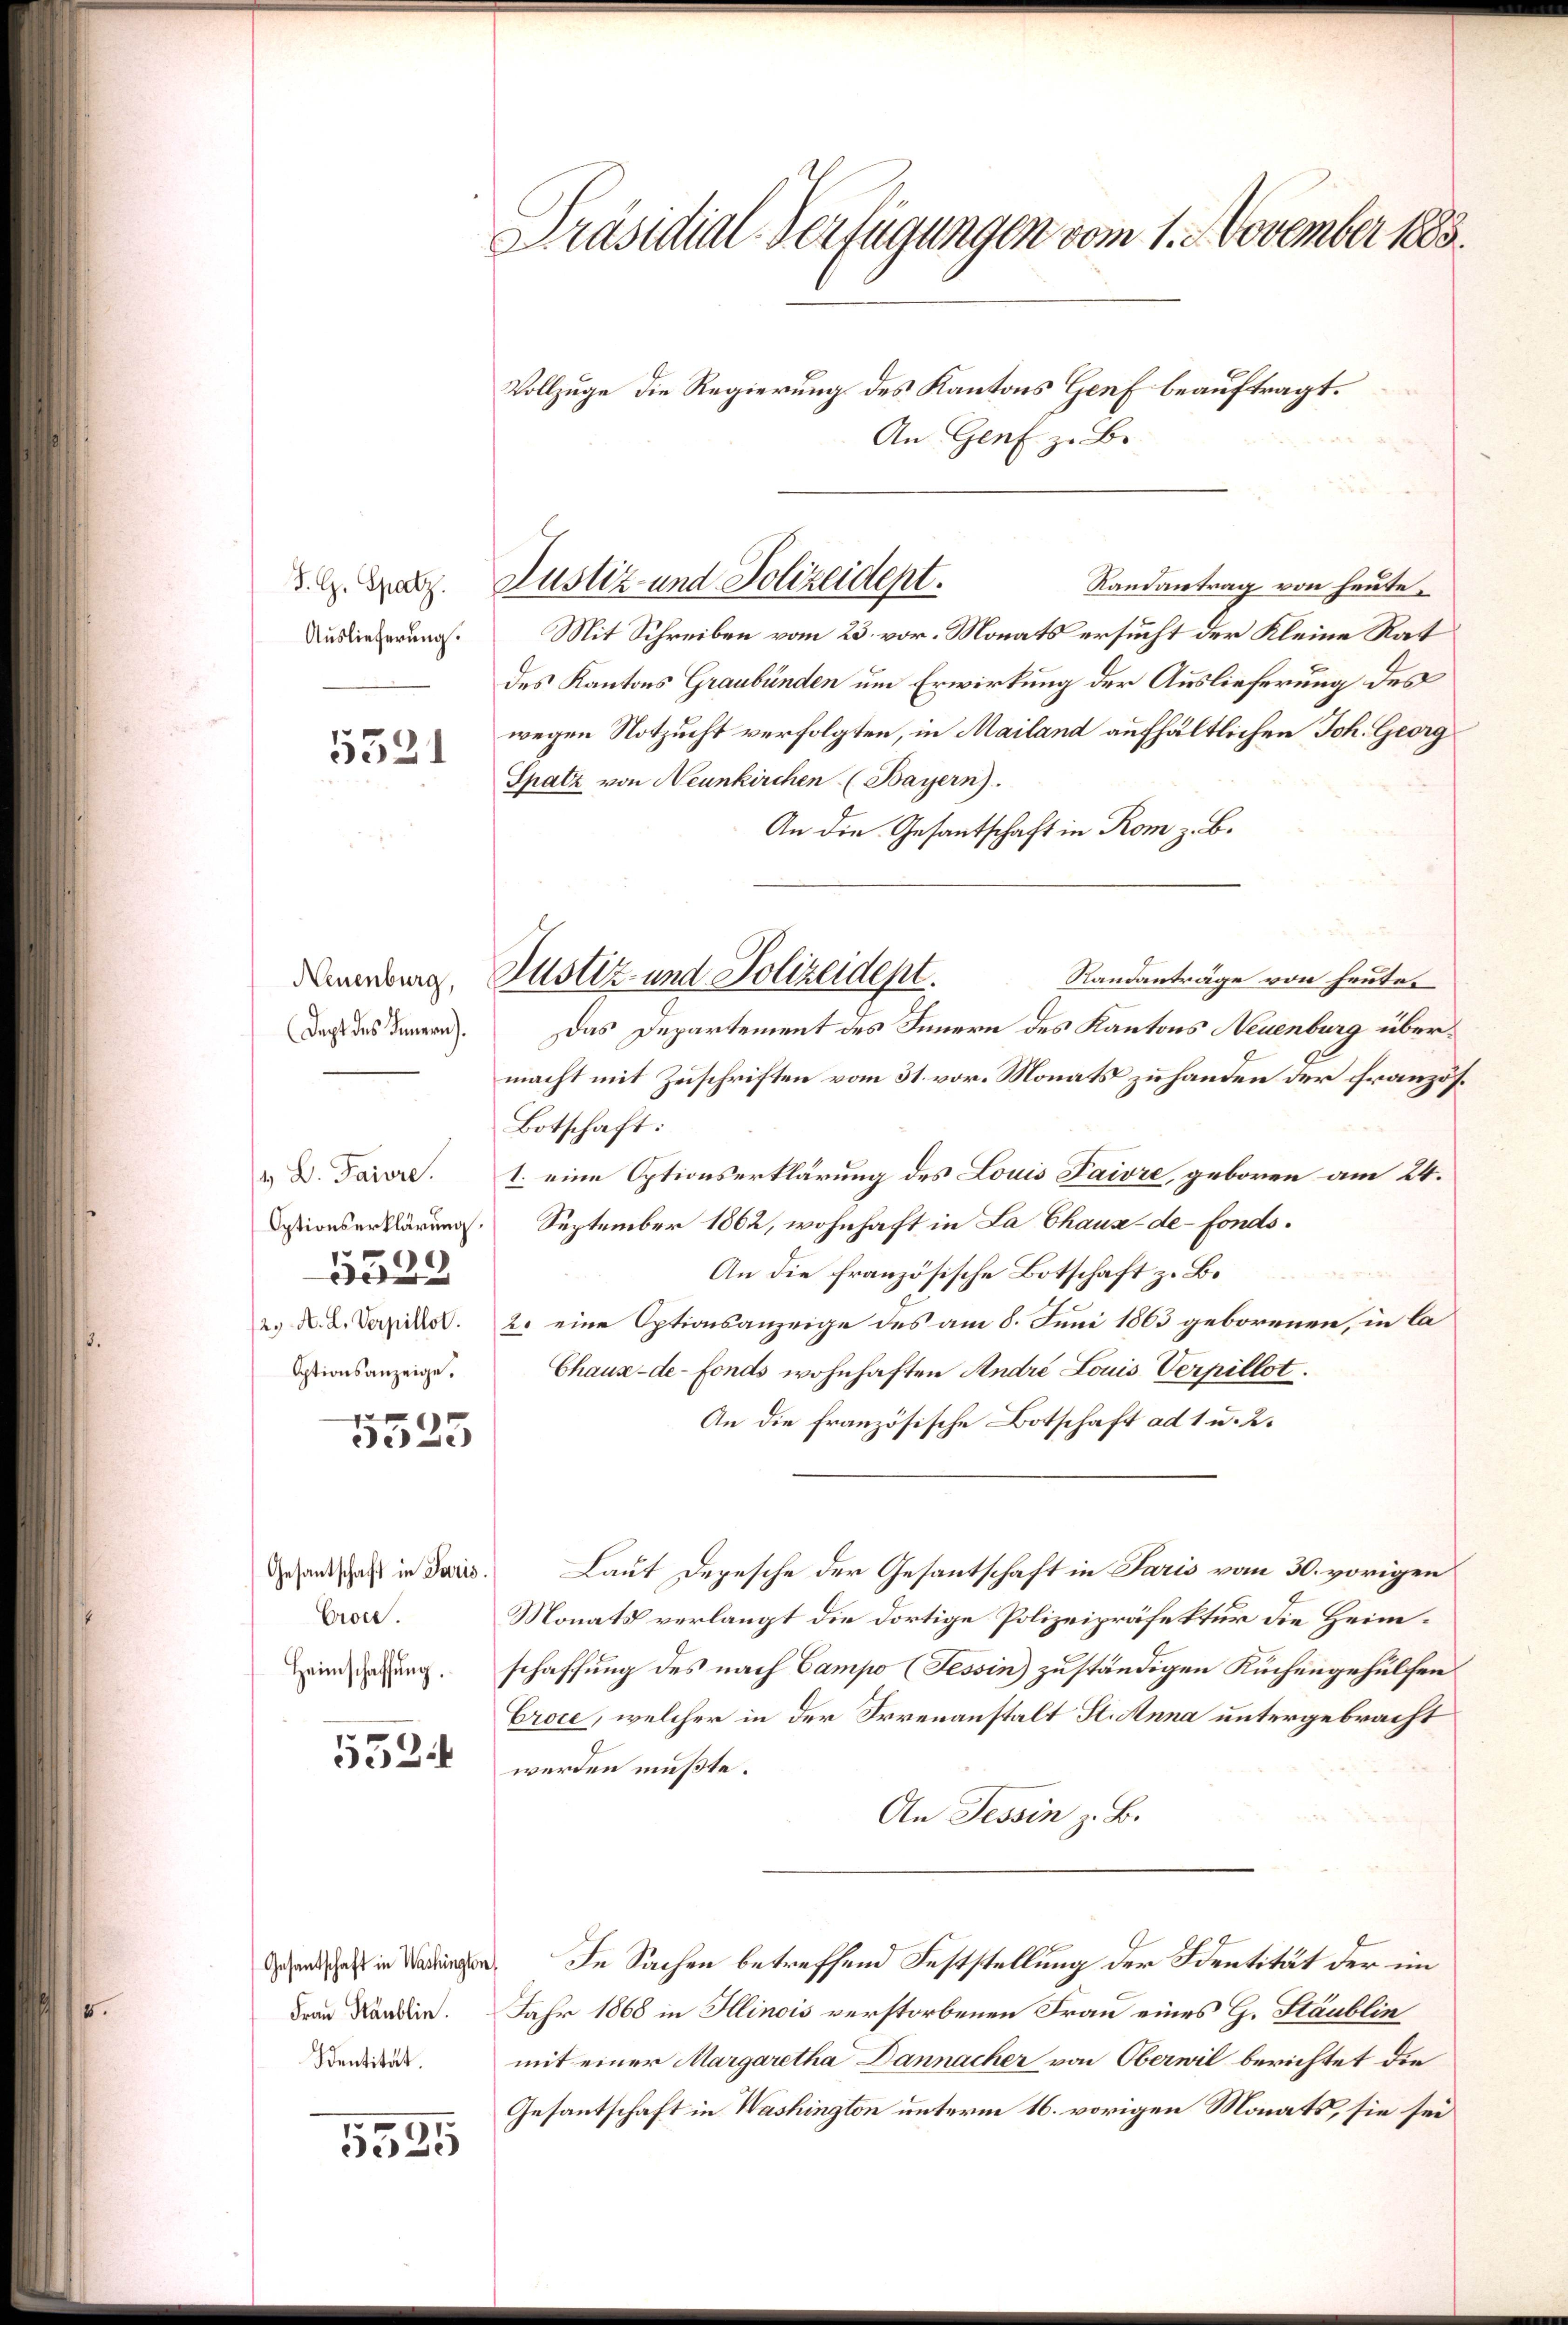
S. G. Spatz.
Auslieferung.

5521

Neuenburg,
Dept des Innern.

B. Parre.
Optionserklärung
5523
12. A. L. Verpillot.
Optionsanzeige.
g

3525

Gesantschaft in Paris.
Croce.
Heimschaffung.

5524

5585

Frau Staublin.

Präsidial-Verfügungen vom 1. November 1883.

Vollzuge die Regierung des Kantons Genf beauftragt.
An Genf z. B.
Randantrag von heute.
Mit Schreiben vom 23. vor. Monats ersucht der Kleine Rat
des Kantons Graubünden um Erwirkung der Auslieferung des
wegen Notzucht verfolgten, in Mailand aufhältlichen Joh. Georg
Spatz von Neunkirchen (Bayern).
An die Gesantschaft in Rom z. B.
Justiz- und Polizeidept.
Standanträge von heute.
Das Departement des Innern des Kantons Neuenburg übermacht mit Zuschriften vom 31. vor. Monats zu handen der französ¬
Botschaft:
I. eine Optionserklärung des Louis Paivre, geboren am 24.
September 1862, wohnhaft in La Chaux-de-Fonds.
An die französische Botschaft z. B.
2. eine Optionsanzeige des am 8. Juni 1863 geborenen, in la
Chaux-de-Fonds wohnhaften André Louis Verpillot
An die französische Botschaft ad 1 u. 2.
Laut Depesche der Gesantschaft in Paris vom 30. vorigen
Monats verlangt die dortige Polizeipräfektur die Heimschaffung des nach Campo (Tessin) zuständigen Kuchengehülfen
Croie, welcher in der Irrenanstalt St. Anna untergebracht
werden müßte.
An Tessin z. B.
ees in eingen. In Sachen betreffend Feststellung der Sentität der im
Jahr 1868 in Illinois verstorbenen Frau eines G. Stäublin
Bends. mit einer Margaretha Dannacher von Oberwil berichtet die
Gesantschaft in Washington unterm 16. vorigen Monats, sie sei

Justiz- und Polizeidept.